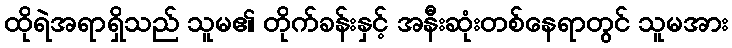
ထိုရဲအရာရှိသည် သူမ၏ တိုက်ခန်းနှင့် အနီးဆုံးတစ်နေရာတွင် သူမအား